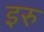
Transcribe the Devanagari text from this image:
इरु